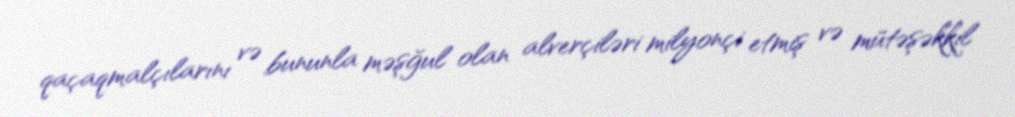
qaçaqmalçılarını və bununla məşğul olan alverçiləri milyonçi etmiş və mütəşəkkil